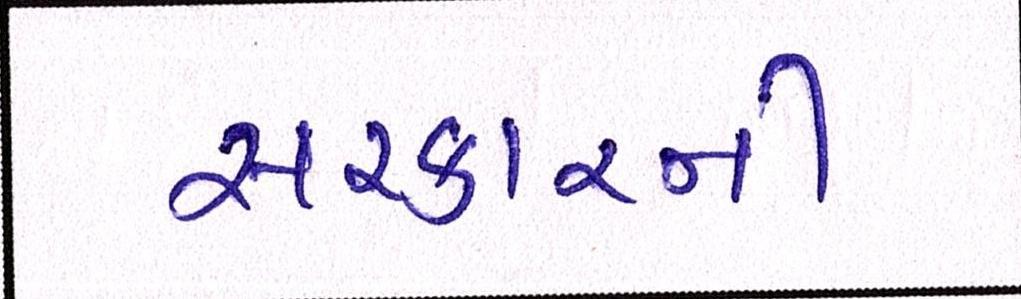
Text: સરકારની